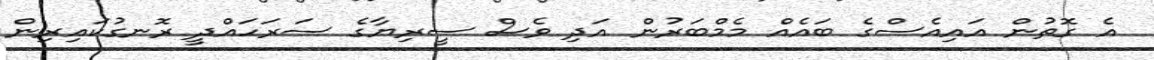
އެ ގޮތުން އައިއެސްގެ ބައެއް މެމްބަރުން އަދި ވެސް ސީރިޔާގެ ސަރަހައްދީ ރޮނގުކައިރިން